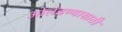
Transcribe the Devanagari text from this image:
ओलंडण्यासाठी